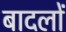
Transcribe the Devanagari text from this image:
बादलाें